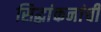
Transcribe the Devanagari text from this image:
सिद्धांकनांची